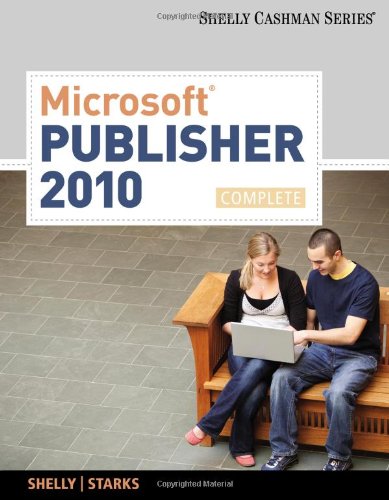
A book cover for Microsoft Publisher 2010: Complete (SAM 2010 Compatible Products); Gary B. Shelly; Computers & Technology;